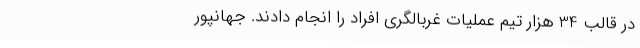
در قالب 34 هزار تیم عملیات غربالگری افراد را انجام دادند. جهانپور